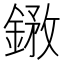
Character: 𨩺